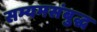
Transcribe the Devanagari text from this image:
सम्यमसंबुद्ध